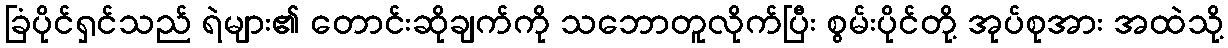
ခြံပိုင်ရှင်သည် ရဲများ၏ တောင်းဆိုချက်ကို သဘောတူလိုက်ပြီး စွမ်းပိုင်တို့ အုပ်စုအား အထဲသို့